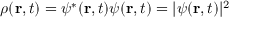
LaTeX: \rho ( \mathbf { r } , t ) = \psi ^ { * } ( \mathbf { r } , t ) \psi ( \mathbf { r } , t ) = | \psi ( \mathbf { r } , t ) | ^ { 2 }